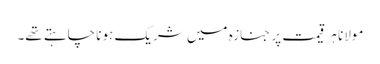
مولانا ہر قیمت پر جنازہ میں شریک ہونا چاہتے تھے۔